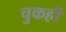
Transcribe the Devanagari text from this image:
चुकही